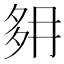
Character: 𡖔